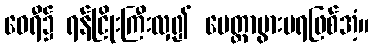
ဝေရီ၌ ရန်ငြိုးကြီးလှ၍ မေတ္တာပွားမရဖြစ်အံ့။